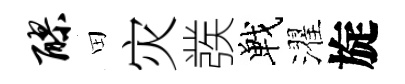
醪田灾彂戰濯旋